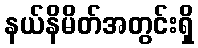
နယ်နိမိတ်အတွင်းရှိ